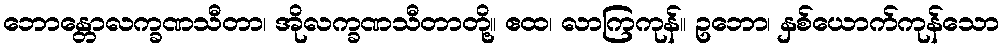
ဘောန္တောလက္ခဏသီတာ၊ အိုလက္ခဏသီတာတို့။ ဧထ၊ လာကြကုန်။ ဥဘော၊ နှစ်ယောက်ကုန်သော